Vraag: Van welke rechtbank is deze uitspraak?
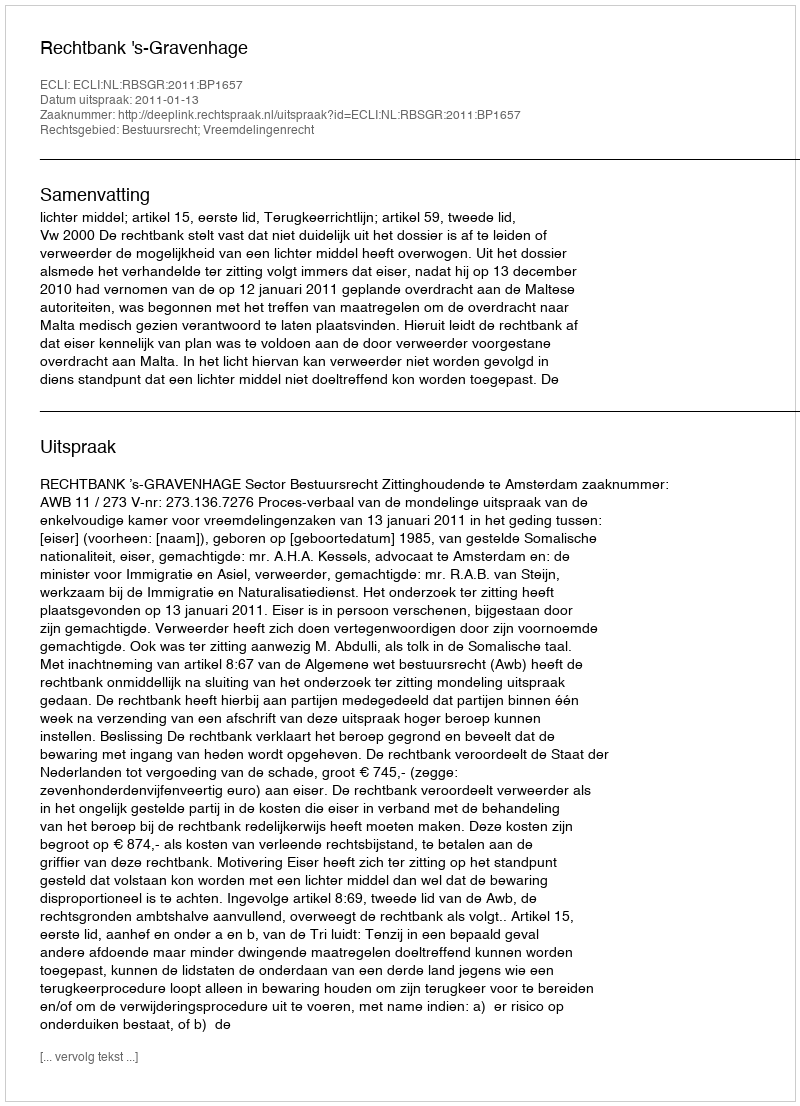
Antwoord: Rechtbank 's-Gravenhage